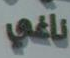
ناغي